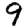
Digit: 9